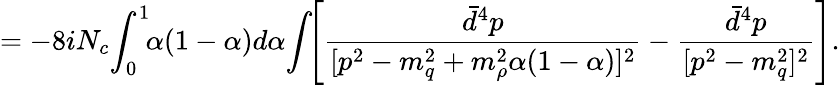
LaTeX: =-8iN_{c}\! \int_{0}^{1}\! \! \alpha(1-\alpha)d\alpha\! \int\! \! \left[\frac{\bar{d}^{4}p}{[p^{2}-m_{q}^{2}+m_{\rho}^{2}\alpha(1-\alpha)]^{2}}-\frac{\bar{d}^{4}p}{[p^{2}-m_{q}^{2}]^{2}}\right].